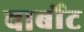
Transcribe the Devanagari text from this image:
चार्बोट